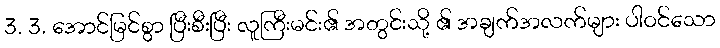
3. 3. အောင်မြင်စွာ ပြီးစီးပြီး လူကြီးမင်း၏ အတွင်းသို့ ၏ အချက်အလက်များ ပါဝင်သော